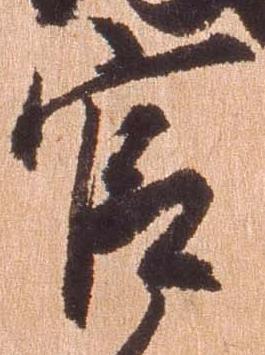
官